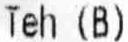
TEH (B)